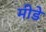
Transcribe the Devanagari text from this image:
मीडे